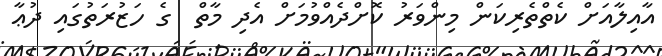
އާއިލާއަށް ކެތްތެރިކަން މިންވަރު ކޮށްދެއްވުމަށް އެދި މާތް  ގެ ހަޒުރަތުގައި ދުޢާ